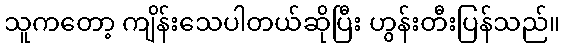
သူကတော့ ကျိန်းသေပါတယ်ဆိုပြီး ဟွန်းတီးပြန်သည်။